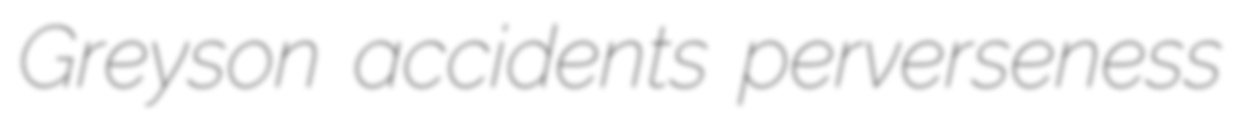
Greyson accidents perverseness